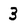
Character: 3